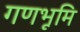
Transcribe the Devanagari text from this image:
गणभूमि